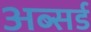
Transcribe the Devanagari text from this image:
अब्सर्ड